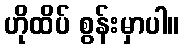
ဟိုထိပ် စွန်းမှာပါ။